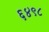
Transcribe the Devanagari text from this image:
६४९८